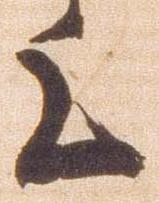
上